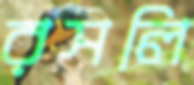
রসলি